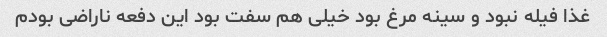
غذا فیله نبود و سینه مرغ بود خیلی هم سفت بود این دفعه ناراضی بودم